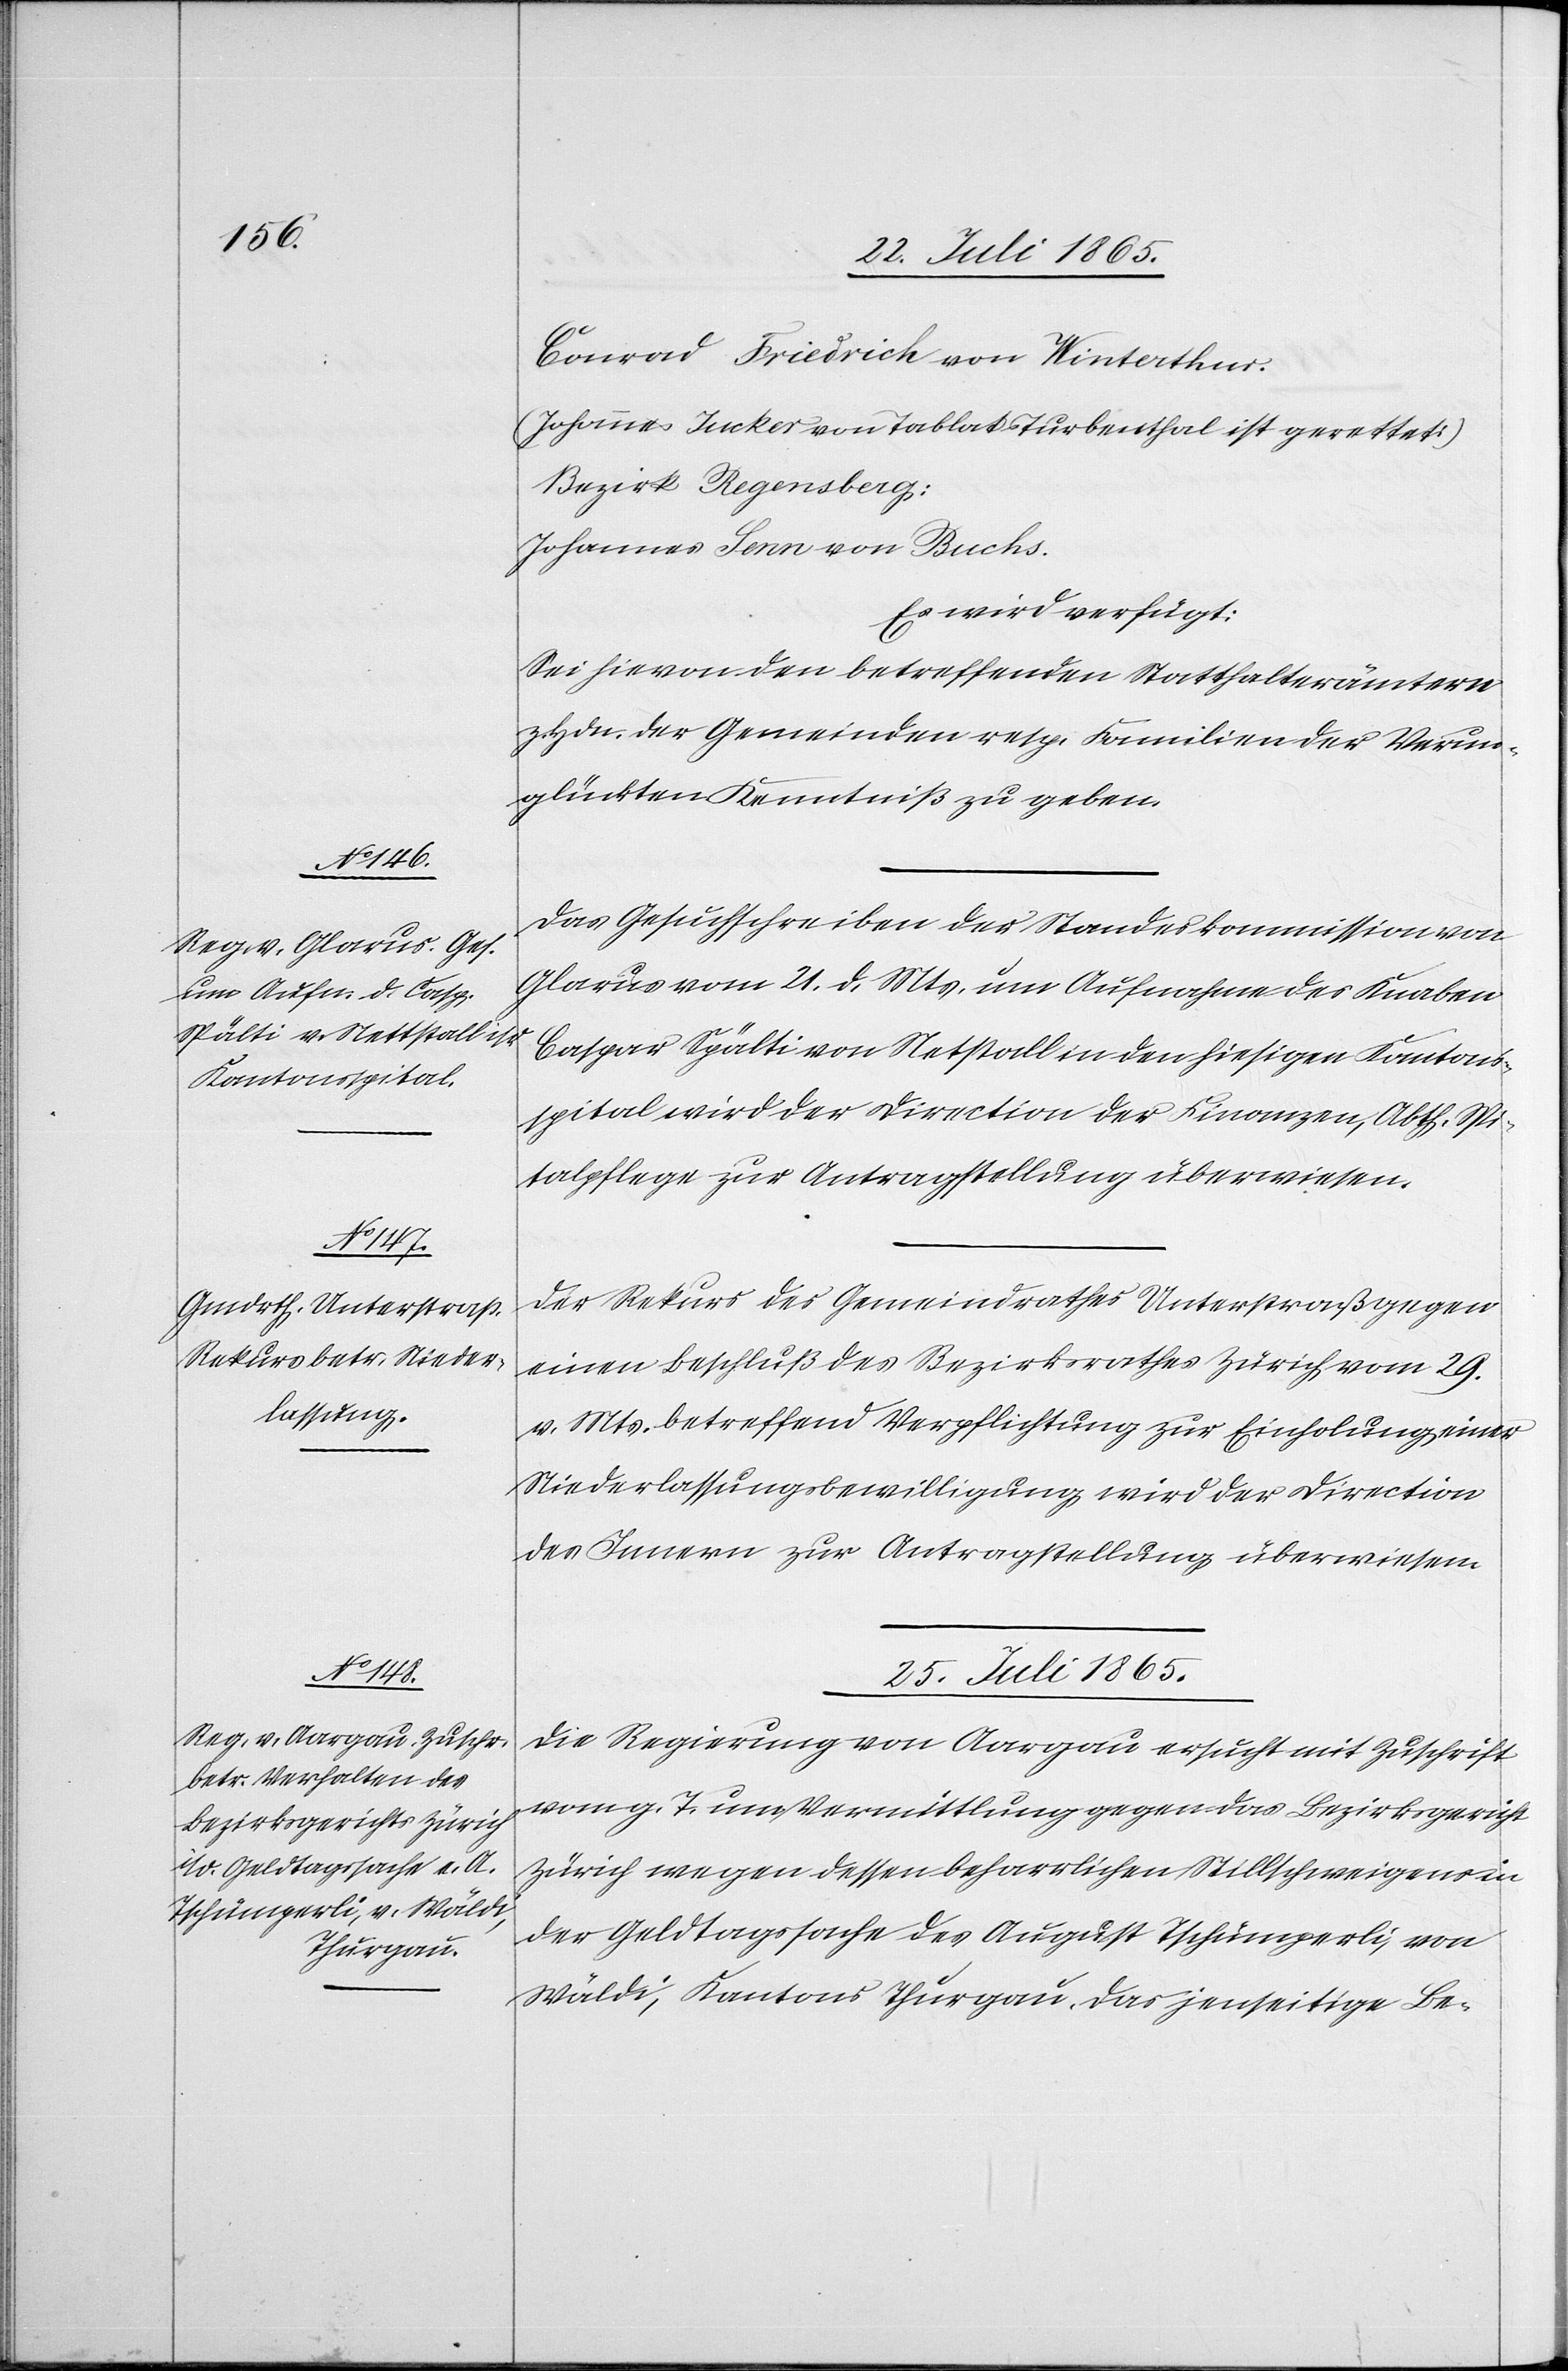
Conrad Friedrich von Winterthur.
(Johannes Jucker von Tablat Turbenthal ist gerettet)
Bezirk Regensberg:
Johannes Senn von Buchs.
Es wird verfügt:
Sei hievon den betreffenden Statthalterämtern
Hdn. der Gemeinden resp. Familien der Verun¬
glückten Kenntniß zu geben.
Das Gesuchschreiben der Standeskommission von
Glarus vom 21. d. Mts. um Aufnahme des Knaben
Caspar Spälti von Netstall in den hiesigen Kantons¬
spital wird der Direction der Finanzen, Abth. Spi¬
talpflege zur Antragstellung überwiesen.
Der Rekurs des Gemeindrathes Unterstraß gegen
einen Beschluß des Bezirksrathes Zürich vom 29.
v. Mts. betreffend Verpflichtung zur Einholung einer
Niederlassungsbewilligung wird der Direction
des Innern zur Antragstellung überwiesen.
25. Juli 1865.
Die Regierung von Aargau ersucht mit Zuschrift
vom g. T. um Vermittlung gegen das Bezirksgericht
Zürich wegen dessen beharrlichen Stillschweigens in
der Geldtagssache des August Tschümperli, von
Wäldi, Kantons Thurgau. Das jenseitige Be-